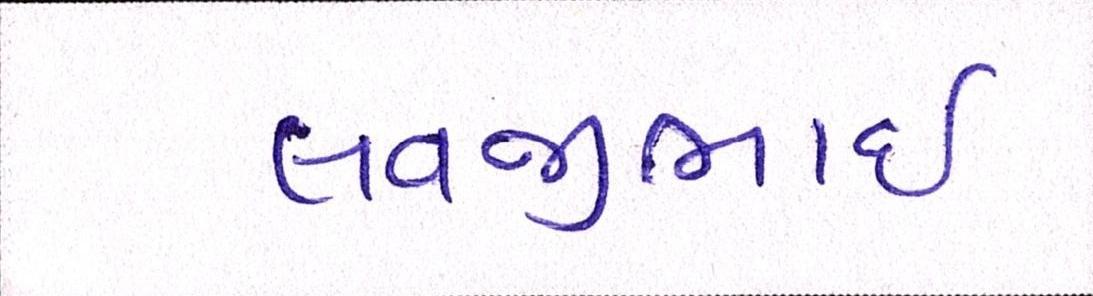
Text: લવજીભાઇ